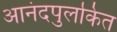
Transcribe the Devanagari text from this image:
आनंदपुलकित